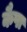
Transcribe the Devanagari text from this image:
कैपा